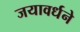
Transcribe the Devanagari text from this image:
जयावर्धने